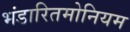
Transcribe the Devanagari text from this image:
भंडारितमोनियम